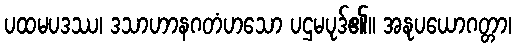
ပထမပဒဿ၊ ဒသာဟာနဂတံဟသော ပဌမပုဒ်၏။ အနုပယောဂတ္တာ၊